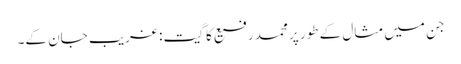
جن میں مثال کے طور پر محمد رفیع کا گیت: غریب جان کے۔